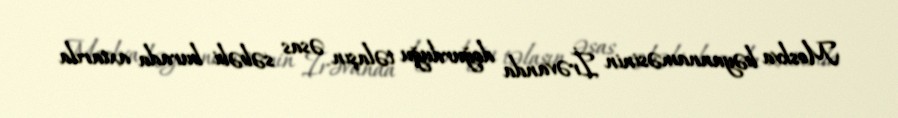
Moskva bəyannaməsinin İrəvanda doğurduğu təlaşın əsas səbəbi burada axtarıla